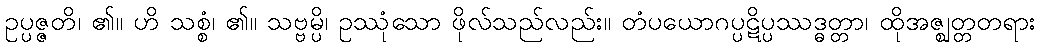
ဥပ္ပဇ္ဇတိ၊ ၏။ ဟိ သစ္စံ၊ ၏။ သဗ္ဗမ္ပိ၊ ဥဿုံသော ဖိုလ်သည်လည်း။ တံပယောဂပ္ပဋိပ္ပဿဒ္ဓတ္တာ၊ ထိုအဇ္ဈတ္တတရား